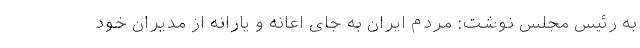
به رئیس مجلس نوشت: مردم ایران به جای اعانه و یارانه از مدیران خود